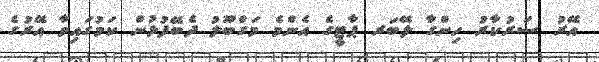
އޭރު ސަރުކާރު ހިންގާ ލޭބަރ ޕާޓީގެ އެންމެ މަގްބޫލު ދެބޭފުޅުން ކަމުގައިވާ އޭރުގެ